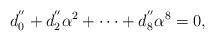
LaTeX: \begin{align*}d^{''}_0+d^{''}_2\alpha^2 +\cdots +d^{''}_8\alpha^8=0, \end{align*}